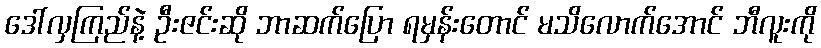
ဒေါ်လှကြည်နဲ့ ဦးဇင်းဆို ဘာဆက်ပြော ရမှန်းတောင် မသိလောက်အောင် ဘီလူးကို